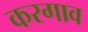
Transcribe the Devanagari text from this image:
करगाव